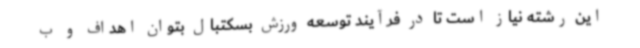
این رشته نیاز است تا در فرآیند توسعه ورزش بسکتبال بتوان اهداف و ب